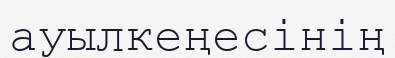
ауылкеңесінің